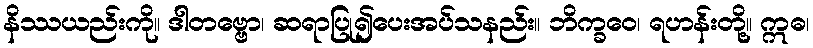
နိဿယည်းကို။ ဒါတဗ္ဗော၊ ဆရာပြု၍ပေးအပ်သနည်း။ ဘိက္ခဝေ၊ ရဟန်းတို့။ ဣဓ၊